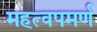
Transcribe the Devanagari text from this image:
महत्‍वपमर्ण